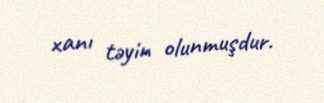
xanı təyin olunmuşdur.